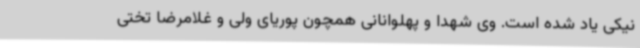
نیکی یاد شده است. وی شهدا و پهلوانانی همچون پوریای ولی و غلامرضا تختی